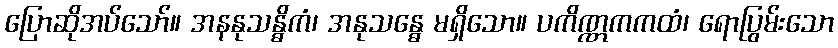
ပြောဆိုအပ်သော်။ အနနုသန္ဓိကံ၊ အနုသန္ဓေ မရှိသော။ ပကိဏ္ဏကကထံ၊ ရောပြွမ်းသော